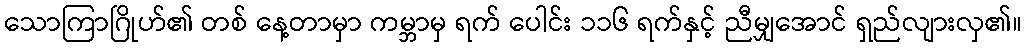
သောကြာဂြိုဟ်၏ တစ် နေ့တာမှာ ကမ္ဘာမှ ရက် ပေါင်း ၁၁၆ ရက်နှင့် ညီမျှအောင် ရှည်လျားလှ၏။